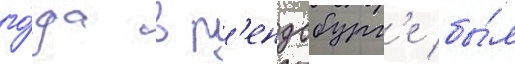
го́да в р'ендсбург'е бы́л